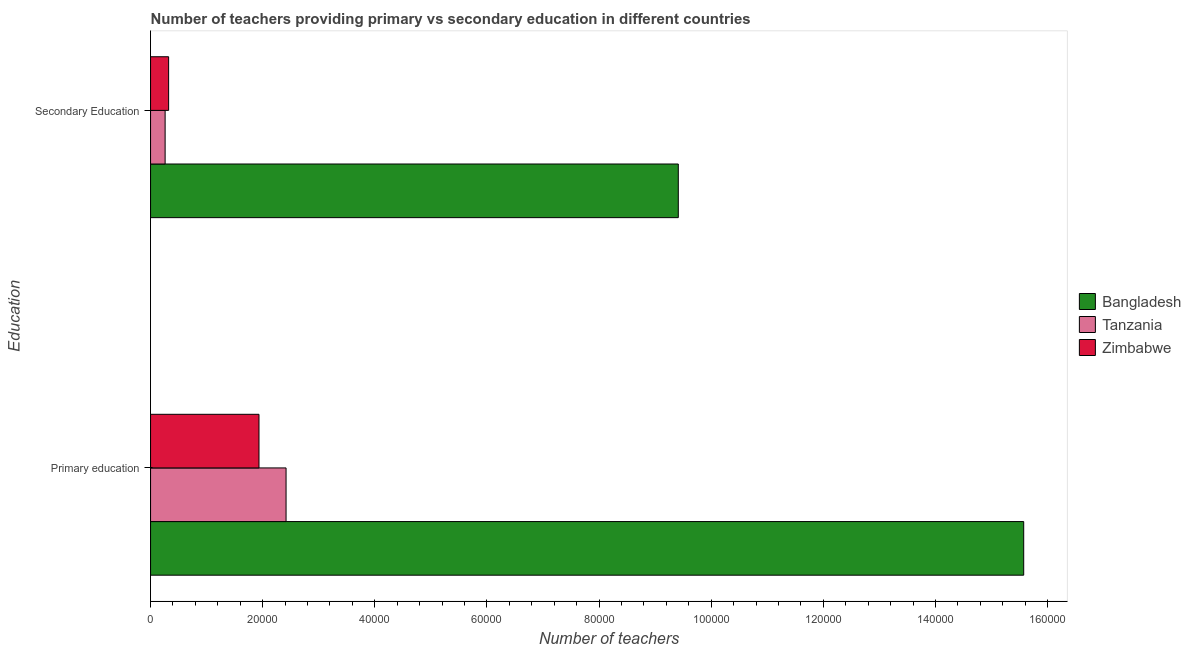
| Education | Bangladesh | Tanzania | Zimbabwe |
 | --- | --- | --- | --- |
 | Primary education | 1.56e+05 | 2.42e+04 | 1.93e+04 |
 | Secondary Education | 9.41e+04 | 2.6e+03 | 3.22e+03 |